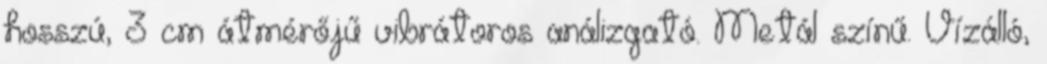
hosszú, 3 cm átmérőjű vibrátoros análizgató. Metál színű. Vízálló,